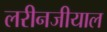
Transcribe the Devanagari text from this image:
लरीनजीयाल